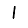
Digit: 1